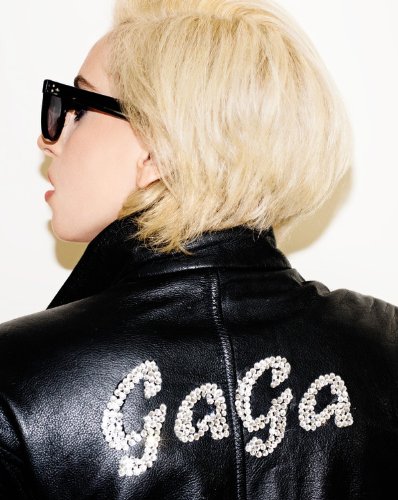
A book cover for Lady Gaga; Lady Gaga; Arts & Photography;